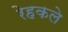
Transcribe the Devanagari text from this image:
रेहकले